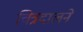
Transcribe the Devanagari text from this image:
चित्रदालने